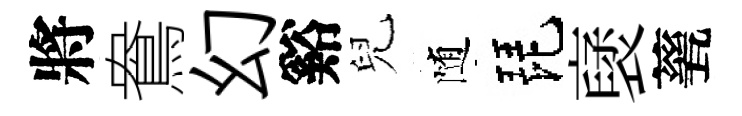
將鴦幻谿兒随琵裦甆